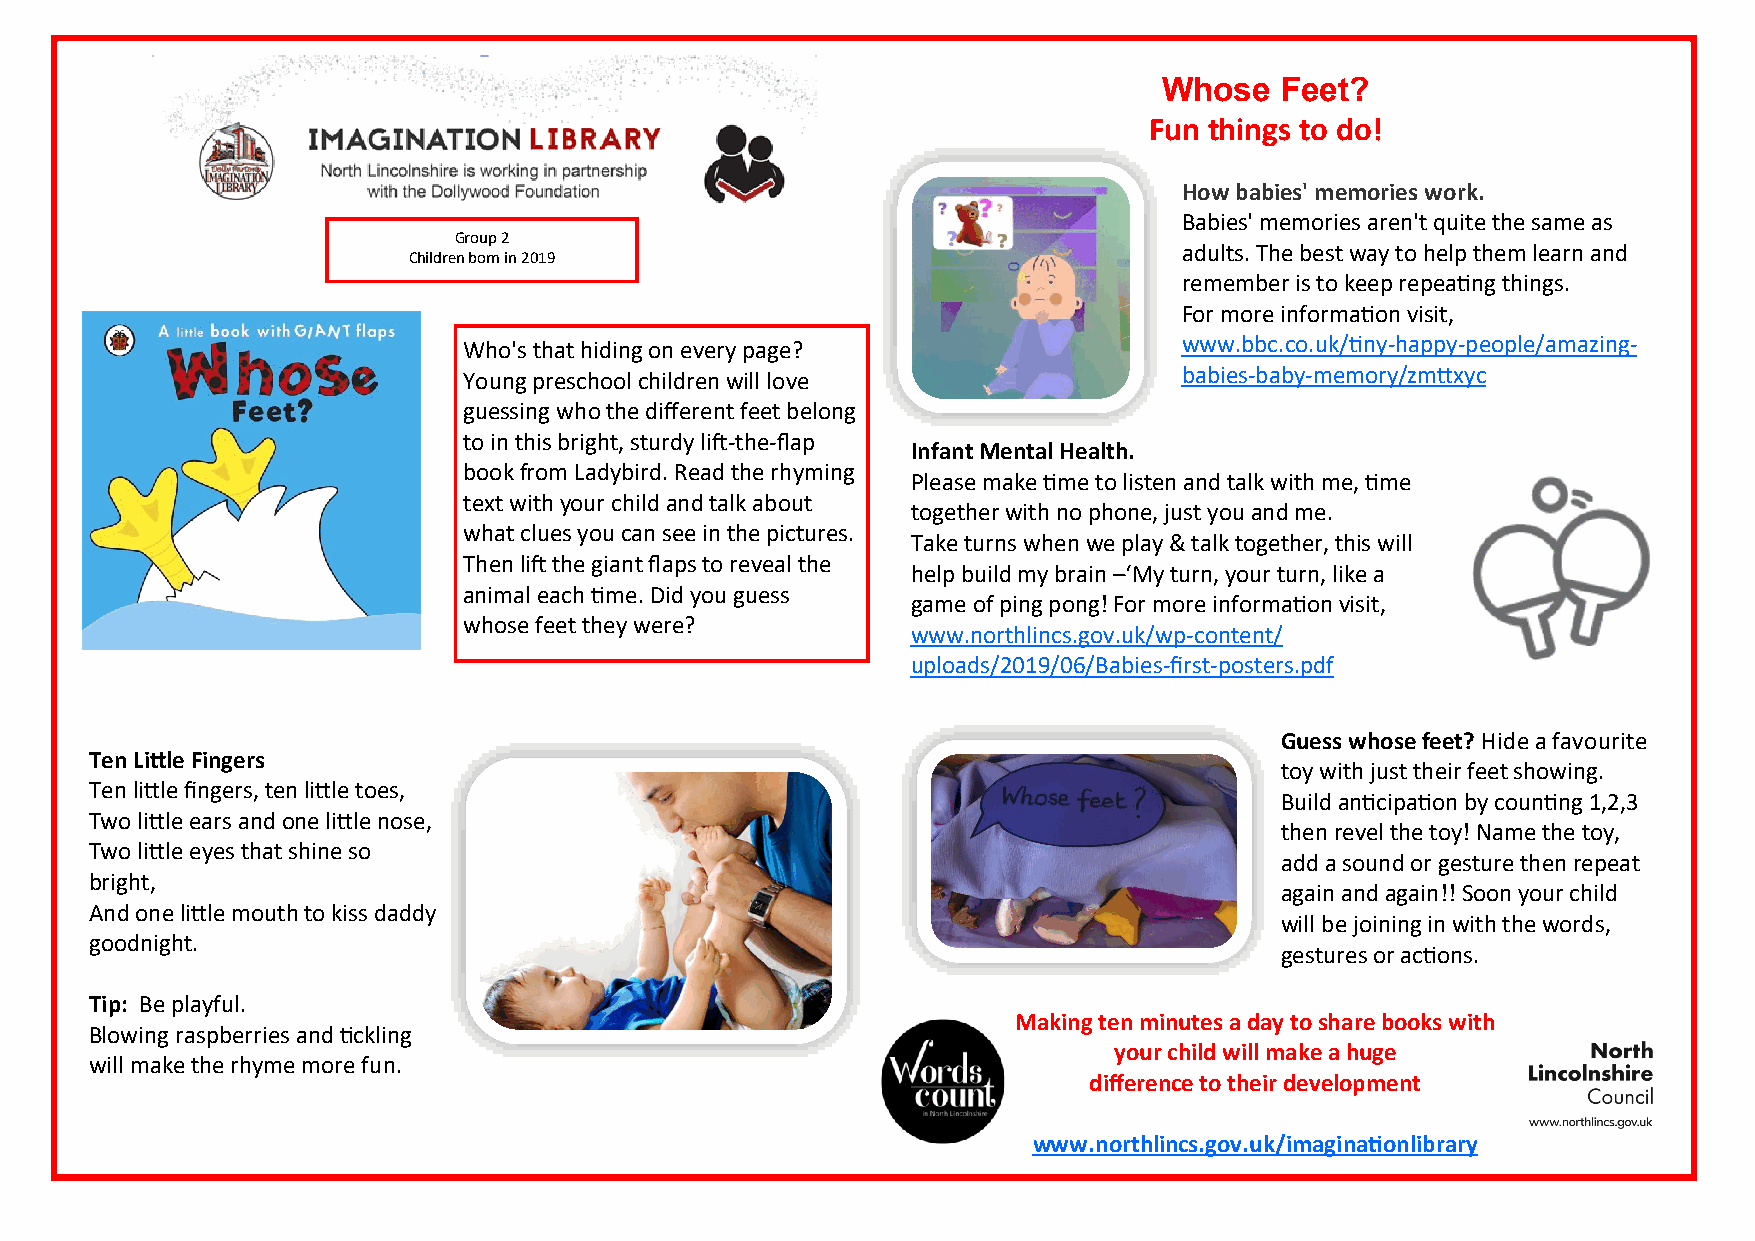
Whose   Feet?
 Fun things to do!
 How babies' memories work.
 Babies' memories aren't quite the same as
 Group 2
 adults. The best way to help them learn and
 Children born in 2019
 remember is to keep repeating things.
 For more information visit,
 Who's that hiding on every page?               www.bbc.co.uk/tiny-happy-people/amazing-
 Young preschool children will love             babies-baby-memory/zmttxyc
 guessing who the different feet belong
 to in this bright, sturdy lift-the-flap
 Infant Mental Health.
 book from Ladybird. Read the rhyming
 Please make time to listen and talk with me, time
 text with your child and talk about
 together with no phone, just you and me.
 what clues you can see in the pictures.
 Take turns when we play & talk together, this will
 Then lift the giant flaps to reveal the
 help build my brain –‘My turn, your turn, like a
 animal each time. Did you guess
 game of ping pong! For more information visit,
 whose feet they were?
 www.northlincs.gov.uk/wp-content/
 uploads/2019/06/Babies-first-posters.pdf
 Guess whose feet? Hide a favourite
 Ten Little Fingers
 toy with just their feet showing.
 Ten little fingers, ten little toes,
 Build anticipation by counting 1,2,3
 Two little ears and one little nose,
 then revel the toy! Name the toy,
 Two little eyes that shine so
 add a sound or gesture then repeat
 bright,
 again and again!! Soon your child
 And one little mouth to kiss daddy
 will be joining in with the words,
 goodnight.
 gestures or actions.
 Tip: Be playful.
 Making ten minutes a day to share books with
 Blowing raspberries and tickling
 your child will make a huge
 will make the rhyme more fun.
 difference to their development
 www.northlincs.gov.uk/imaginationlibrary